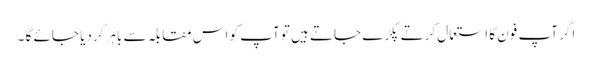
اگر آپ فون کا استعمال کرتے پکڑے جاتے ہیں تو آپ کو اس مقابلہ سے باہر کردیا جائے گا ۔